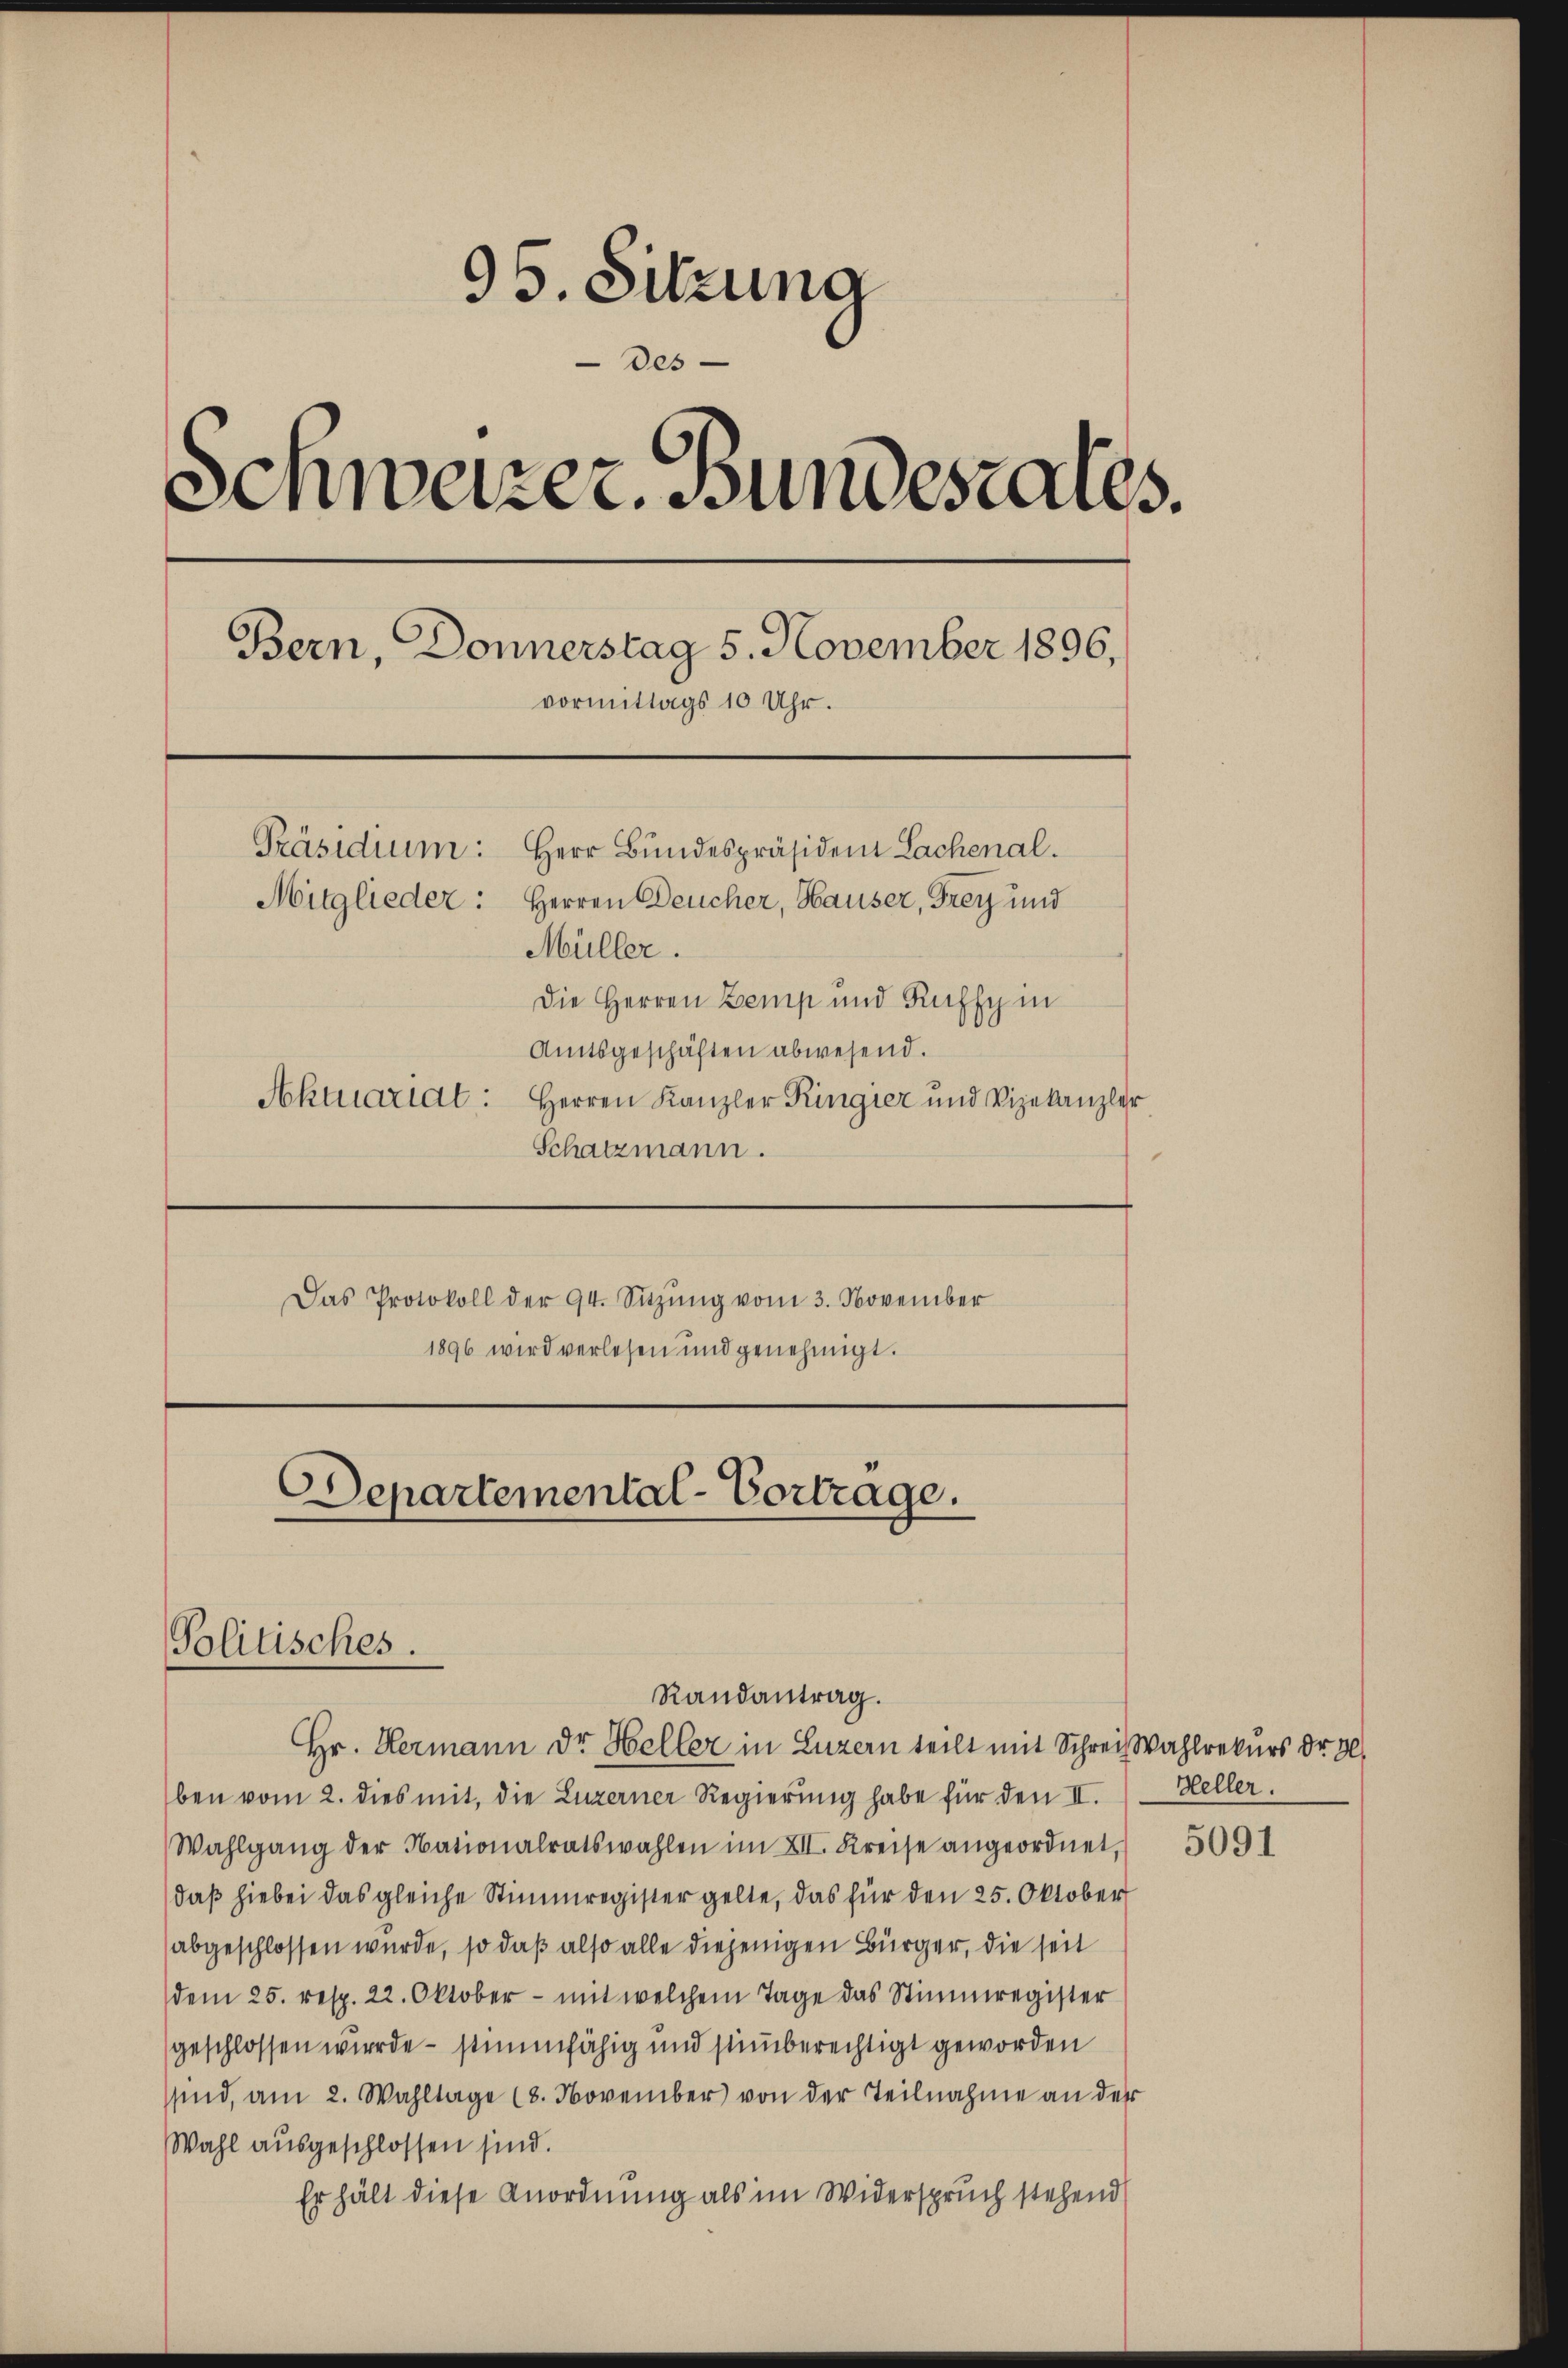
95. Sitzung
Des
Schweizer. Bundesrates.
Bern, Donnerstag 5. November 1896,
vormittags 10 Uhr.
Präsidium: Herr Bundespräsident Lachenal.
Mitglieder: Herren Deucher, Hauser, Frey und
Müller.
Die Herren Zemp und Kuffy i
Amtsgeschäften abwesend.
Aktuariat: Herren Kanzler Ringier und Vizekanzler
Schatzmann.

Das Protokoll der 94. Sitzŭng vom 3. November
1896 wird verlesen und genehmigt.

Departemental-Vortrage.
Politisches.
Randantrag.

Hr. Hermann dr Heller in Luzern teilt mit Schrei Wahlrekurs dr. 30
ben vom 2. dies mit, die Luzerner Regierung habe für den II.
Wahlgang der Nationalratswahlen im XII. Kreise angeordnet,
daß hiebei das gleiche Stimmregister gelte, das für den 25. Oktober
abgeschlossen wurde, so daß also alle diejenigen Bürger, die seit
dem 25. resp. 22. Oktober - mit welchem Tage das Stimmregister
geschlossen wurde – stimmfähig und stumberechtigt geworden
sind, am 2. Wahltage (8. November von der Teilnahme an der
Wahl ausgeschlossen sind.
Er hält diese Anordnung als im Widerspruch stehend

Heller.

5091